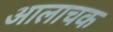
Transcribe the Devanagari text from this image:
आलाचक